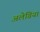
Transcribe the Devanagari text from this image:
अलेग्रिया